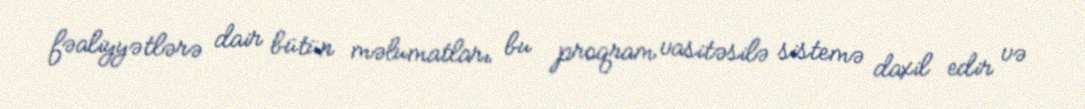
fəaliyyətlərə dair bütün məlumatları bu proqram vasitəsilə sistemə daxil edir və